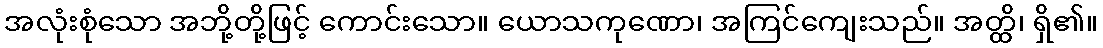
အလုံးစုံသော အဘို့တို့ဖြင့် ကောင်းသော။ ယောသကုဏော၊ အကြင်ကျေးသည်။ အတ္ထိ၊ ရှိ၏။